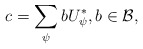
\begin{align*}c=\sum_{\psi} b U^{\ast}_{\psi}, b \in \mathcal{B},\end{align*}